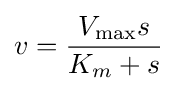
v={\frac {V_{\max }s}{K_{m}+s}}